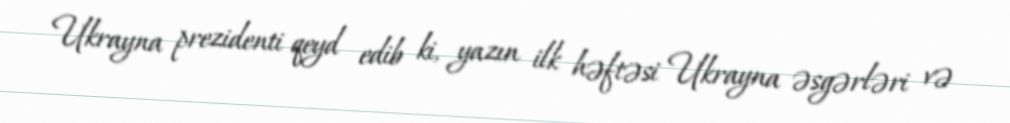
Ukrayna prezidenti qeyd edib ki, yazın ilk həftəsi Ukrayna əsgərləri və